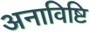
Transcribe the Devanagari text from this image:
अनाविष्टि